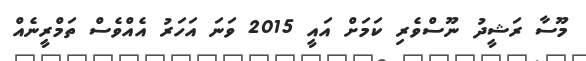
މޫސާ ރަޝީދު ނޫސްވެރި ކަމަށް އައީ 2015 ވަނަ އަހަރު އެއްވެސް ތަމްރީނެއް